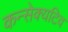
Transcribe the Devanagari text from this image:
कन्सेक्यटिव